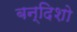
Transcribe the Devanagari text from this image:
बन्दिशो